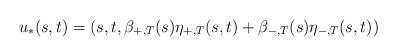
LaTeX: \begin{align*}u_*(s,t)= (s,t, \beta_{+,T}(s)\eta_{+,T}(s,t)+\beta_{-,T}(s)\eta_{-,T}(s,t) )\end{align*}